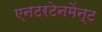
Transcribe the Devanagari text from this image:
एनटरटेनमेंन्ट